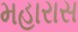
મહારાસ